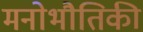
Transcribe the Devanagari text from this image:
मनोभौतिकी